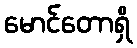
မောင်တောရှိ